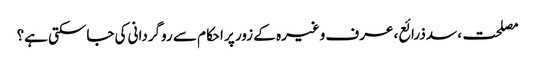
مصلحت، سدذرائع، عرف وغیرہ کے زور پر احکام سے روگردانی کی جاسکتی ہے؟